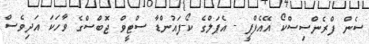
ސެން ފްރެންސިސްކޯ އޭއެފްޕީ - އެޕަލްގެ ކޯ-ފައުންޑާ ސްޓީވް ޖޮބްސްގެ ވާހަކަ އަދިވެސް